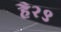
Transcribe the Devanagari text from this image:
है२९